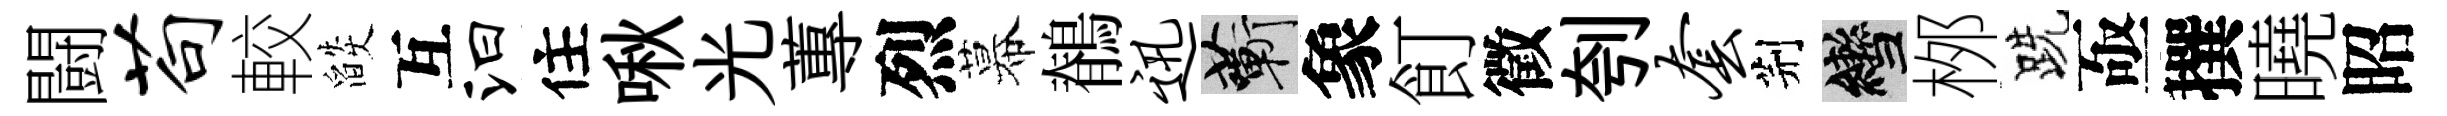
闘苟較燄互汩住啾光蓴烈幕鶺迅蔪象飣徵刳套荆轡桞跣亟撰曉昭